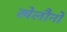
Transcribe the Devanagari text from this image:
खेलौनो